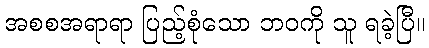
အစစအရာရာ ပြည့်စုံသော ဘဝကို သူ ရခဲ့ပြီ။